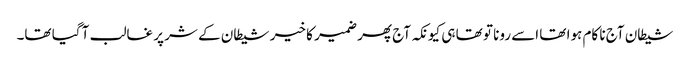
شیطان آج نا کام ہوا تھا اسے رونا تو تھا ہی کیونکہ آج پھر ضمیر کا خیر شیطان کے شر پر غالب آ گیا تھا۔